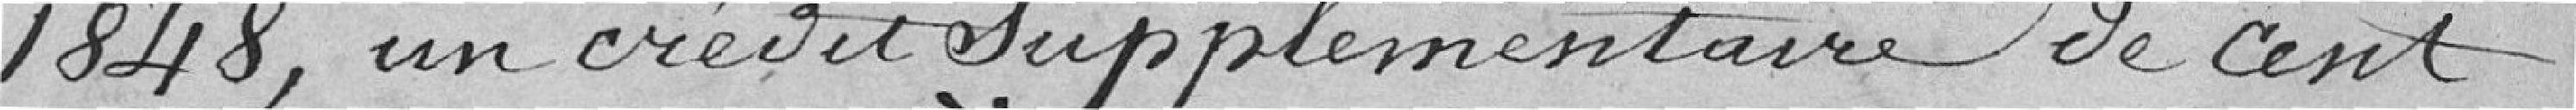
1848, un crédit supplémentaire de cent dix francs au titre de recette imprévue,